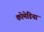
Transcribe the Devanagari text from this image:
कोमेडिया